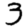
Digit: 3